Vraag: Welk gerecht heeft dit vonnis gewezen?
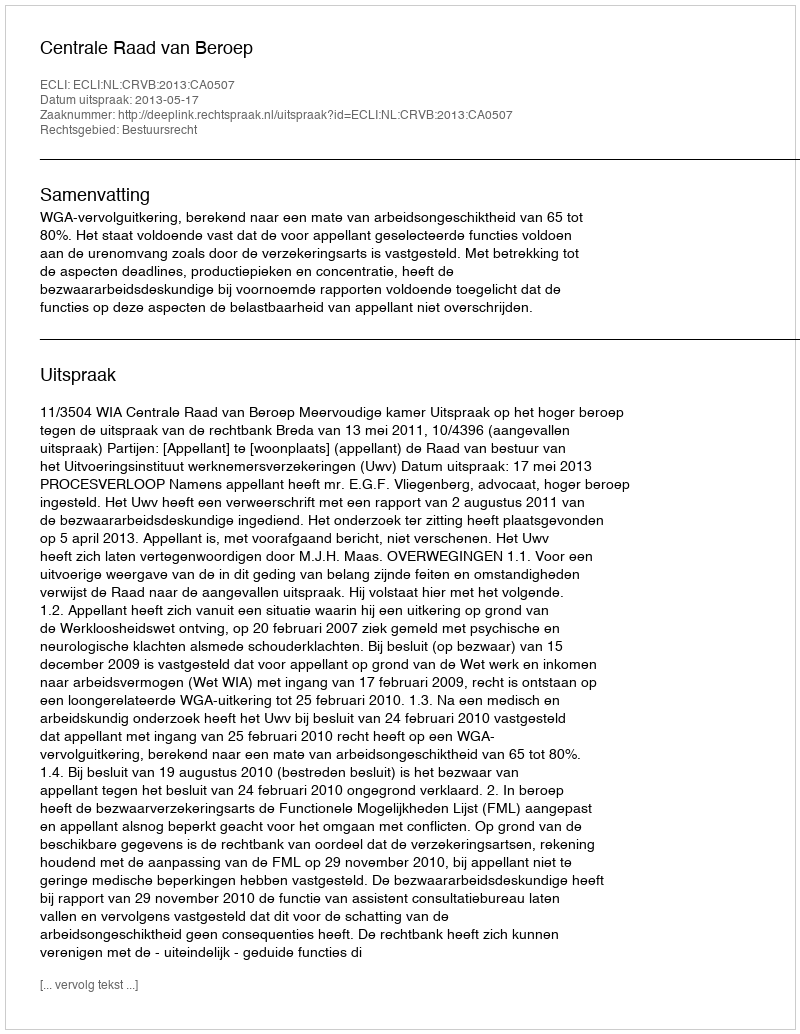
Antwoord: Centrale Raad van Beroep